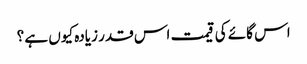
اس گائے کی قیمت اس قدر زیادہ کیوں ہے ؟